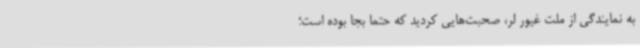
به نمایندگی از ملت غیور لر، صحبت‌هایی کردید که حتما بجا بوده است؛